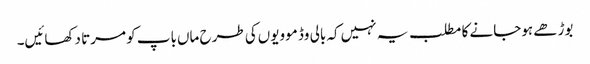
بوڑھے ہوجانے کا مطلب یہ نہیں‌کہ بالی وڈ موویوں‌کی طرح ماں‌باپ کو مرتا دکھائیں۔